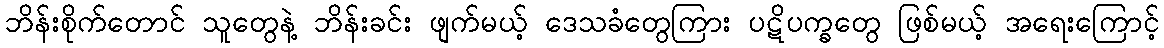
ဘိန်းစိုက်တောင် သူတွေနဲ့ ဘိန်းခင်း ဖျက်မယ့် ဒေသခံတွေကြား ပဋိပက္ခတွေ ဖြစ်မယ့် အရေးကြောင့်